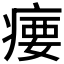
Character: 𪽳